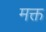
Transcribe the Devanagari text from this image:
मक्त